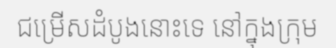
ជម្រើសដំបូងនោះទេ នៅក្នុងក្រុម